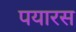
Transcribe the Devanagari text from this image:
पयारस